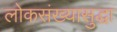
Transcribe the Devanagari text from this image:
लोकसंख्यासुद्धा